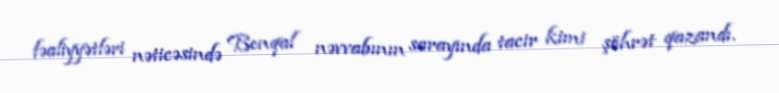
fəaliyyətləri nəticəsində Benqal nəvvabının sarayında tacir kimi şöhrət qazandı.